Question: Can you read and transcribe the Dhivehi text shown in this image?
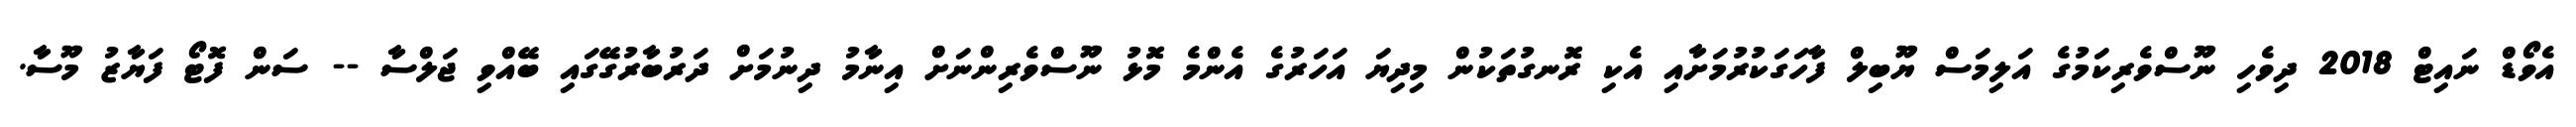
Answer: އެވޯޑް ނައިޓް 2018 ދިވެހި ނޫސްވެރިކަމުގެ އަލިމަސް ޔޫބިލް ފާހަގަކުރުމަށާއި އެކި ރޮނގުތަކުން މިދިޔަ އަހަރުގެ އެންމެ މޮޅު ނޫސްވެރިންނަށް އިނާމު ދިނުމަށް ދަރުބާރުގޭގައި ބޭއްވި ޖަލްސާ -- ސަން ފޮޓޯ ފަޔާޒު މޫސާ.